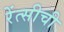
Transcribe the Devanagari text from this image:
रेंत्सीची